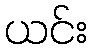
ယင်း